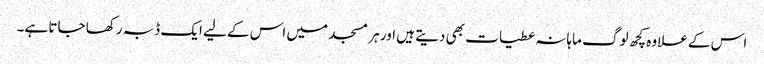
اس کے علاوہ کچھ لوگ ماہانہ عطیات بھی دیتے ہیں اور ہر مسجد میں اس کے لیے ایک ڈبہ رکھا جاتا ہے۔